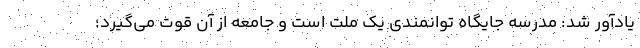
یادآور شد: مدرسه جایگاه توانمندی یک ملت است و جامعه از آن قوت می‌گیرد؛